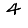
Digit: 4